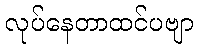
လုပ်နေတာထင်ပဗျာ